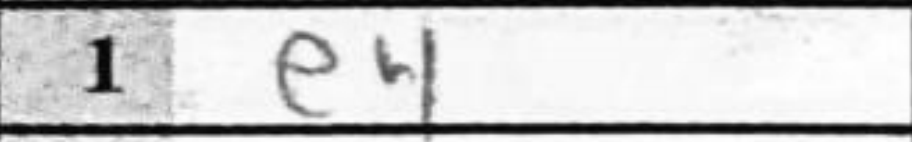
Transcription: e4